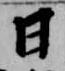
日